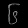
Digit: ၆